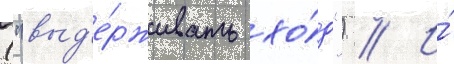
("выд'е́рживать хо́д") // И́